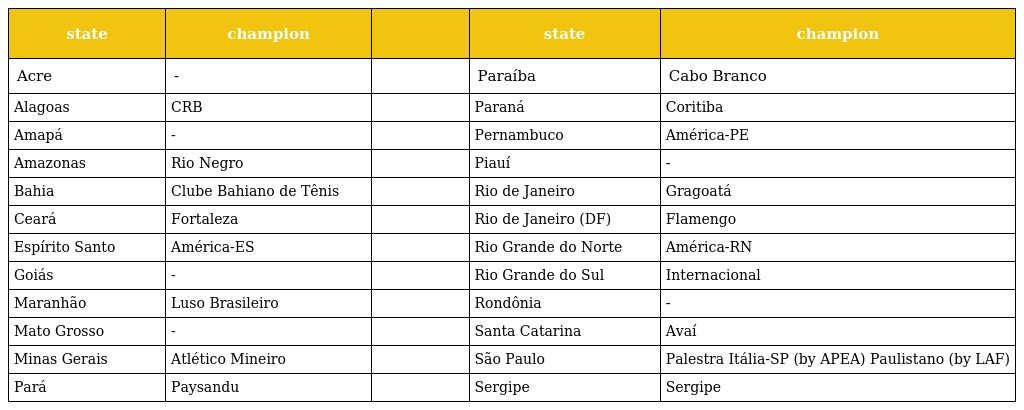
| state | champion |  | state | champion |
 | --- | --- | --- | --- | --- |
 | Acre | - |  | Paraíba | Cabo Branco |
 | Alagoas | CRB |  | Paraná | Coritiba |
 | Amapá | - |  | Pernambuco | América-PE |
 | Amazonas | Rio Negro |  | Piauí | - |
 | Bahia | Clube Bahiano de Tênis |  | Rio de Janeiro | Gragoatá |
 | Ceará | Fortaleza |  | Rio de Janeiro (DF) | Flamengo |
 | Espírito Santo | América-ES |  | Rio Grande do Norte | América-RN |
 | Goiás | - |  | Rio Grande do Sul | Internacional |
 | Maranhão | Luso Brasileiro |  | Rondônia | - |
 | Mato Grosso | - |  | Santa Catarina | Avaí |
 | Minas Gerais | Atlético Mineiro |  | São Paulo | Palestra Itália-SP (by APEA) Paulistano (by LAF) |
 | Pará | Paysandu |  | Sergipe | Sergipe |